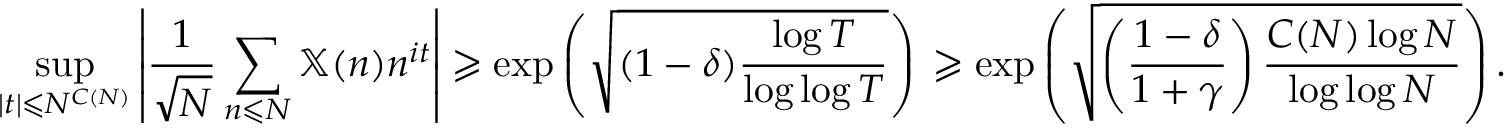
\operatorname* { s u p } _ { | t | \leqslant N ^ { C ( N ) } } \left| \frac { 1 } { \sqrt { N } } \sum _ { n \leqslant N } \mathbb X ( n ) n ^ { i t } \right| \geqslant \exp \left( \sqrt { ( 1 - \delta ) \frac { \log T } { \log \log T } } \right) \, \geqslant \exp \left( \sqrt { \left( \frac { 1 - \delta } { 1 + \gamma } \right) \frac { C ( N ) \log N } { \log \log N } } \right) .